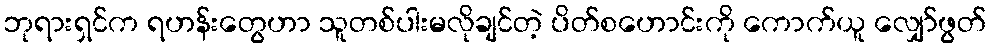
ဘုရားရှင်က ရဟန်းတွေဟာ သူတစ်ပါးမလိုချင်တဲ့ ပိတ်စဟောင်းကို ကောက်ယူ လျှော်ဖွတ်